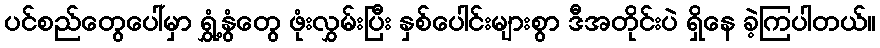
ပင်စည်တွေပေါ်မှာ ရွှံ့နွံတွေ ဖုံးလွှမ်းပြီး နှစ်ပေါင်းများစွာ ဒီအတိုင်းပဲ ရှိနေ ခဲ့ကြပါတယ်။